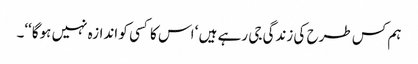
ہم کس طرح کی زندگی جی رہے ہیں ‘ اس کا کسی کو اندازہ نہیں ہوگا‘‘۔